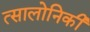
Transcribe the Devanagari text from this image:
त्सालोनिकी